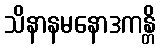
သိနာနမနောဒကန္တိ